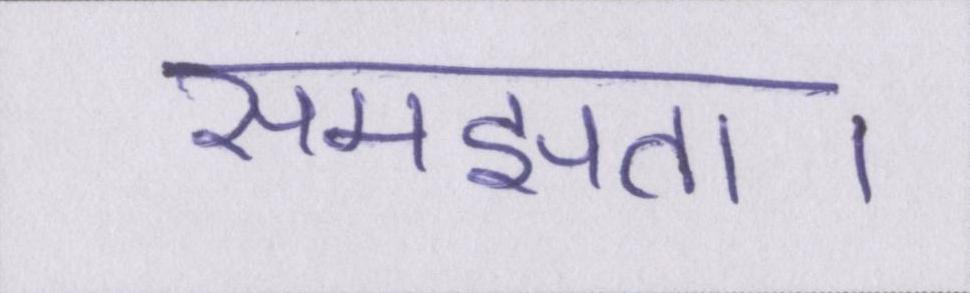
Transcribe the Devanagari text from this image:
समझता।